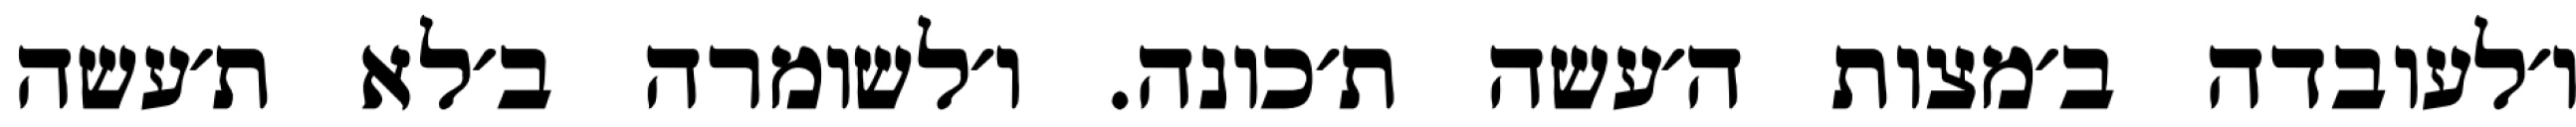
ו׳לעובדה ב׳מצות ה׳עשה ת׳כונה. ו׳לשומרה ב׳לא ת׳עשה